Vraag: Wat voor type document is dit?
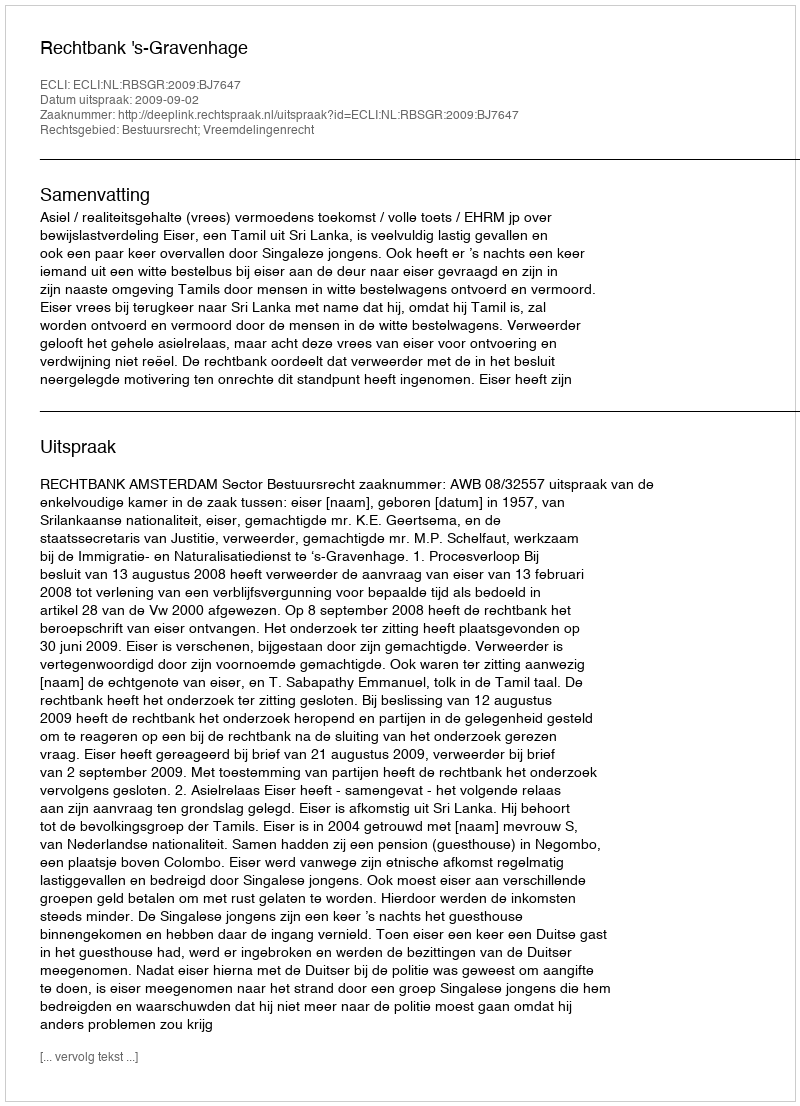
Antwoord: Uitspraak